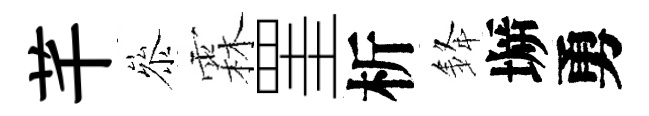
芊叅霖罣析𨦟󶱲勇